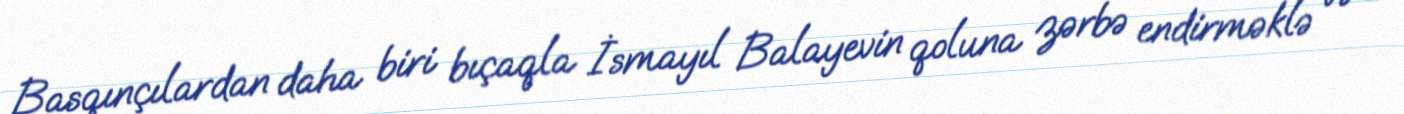
Basqınçılardan daha biri bıçaqla İsmayıl Balayevin qoluna zərbə endirməklə və